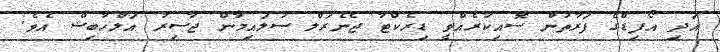
އަދި އޯފިޑްގެ ފަރާތުން ސޮއިކުރެއްވީ ޑިރެކްޓާ ޖެނެރަލް ސުލައިމާން ޖާސިރު އަލްހާބިޝް އެވެ.